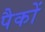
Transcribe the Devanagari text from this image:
पैकों